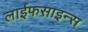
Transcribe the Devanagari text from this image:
लाईफसाइन्स